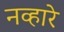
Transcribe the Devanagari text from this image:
नव्हारे